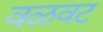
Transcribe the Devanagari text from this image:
वळवट